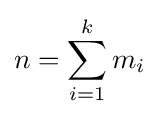
n=\sum _{i=1}^{k}{m_{i}}